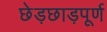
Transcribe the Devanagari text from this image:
छेड़छाड़पूर्ण